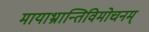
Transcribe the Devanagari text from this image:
मायाभ्रान्तिविमोचनम्